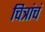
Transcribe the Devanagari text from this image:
चित्रांचं